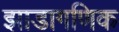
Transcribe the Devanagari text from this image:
झाडागणिक